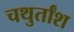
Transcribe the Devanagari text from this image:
चथुर्तांश